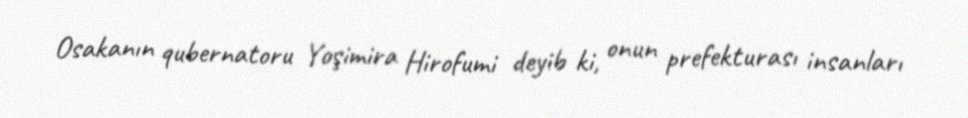
Osakanın qubernatoru Yoşimira Hirofumi deyib ki, onun prefekturası insanları